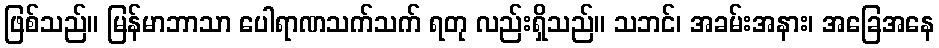
ဖြစ်သည်။ မြန်မာဘာသာ ပေါရာဏသက်သက် ရတု လည်းရှိသည်။ သဘင်၊ အခမ်းအနား၊ အခြေအနေ